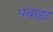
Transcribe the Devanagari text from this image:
पवाड़ा